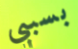
بسببي